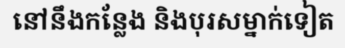
នៅនឹងកន្លែង និងបុរសម្នាក់ទៀត